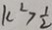
k ^ { 2 } > \frac { 1 } { 2 }